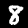
Label: 8